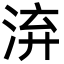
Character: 㳰